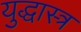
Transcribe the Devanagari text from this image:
युद्धास्त्र